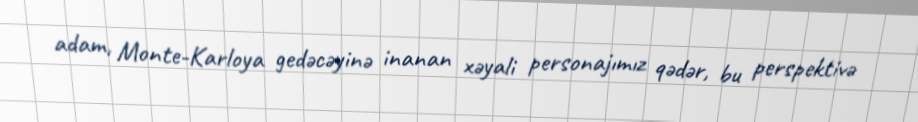
adam, Monte-Karloya gedəcəyinə inanan xəyali personajımız qədər, bu perspektivə